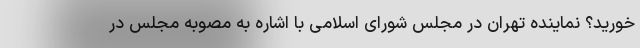
خورید؟ نماینده تهران در مجلس شورای اسلامی با اشاره به مصوبه مجلس در